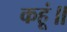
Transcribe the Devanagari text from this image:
कहूं॥